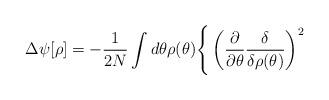
LaTeX: \begin{align*}\Delta\psi[\rho] =-\frac{1}{2N}\int d\theta\rho(\theta)\Bigg\{\left( \frac{\partial}{\partial\theta}\frac{\delta}{\delta\rho(\theta)}\right)^2\end{align*}